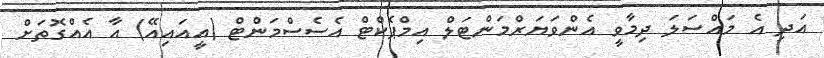
އަދި އެ މައްސަލަ ދިމާވީ އެންވަޔަރްމަންޓަލް އިމްޕެކްޓް އެސެސްމަންޓް (އީއައިއޭ) އާ އެއްގޮތަށް